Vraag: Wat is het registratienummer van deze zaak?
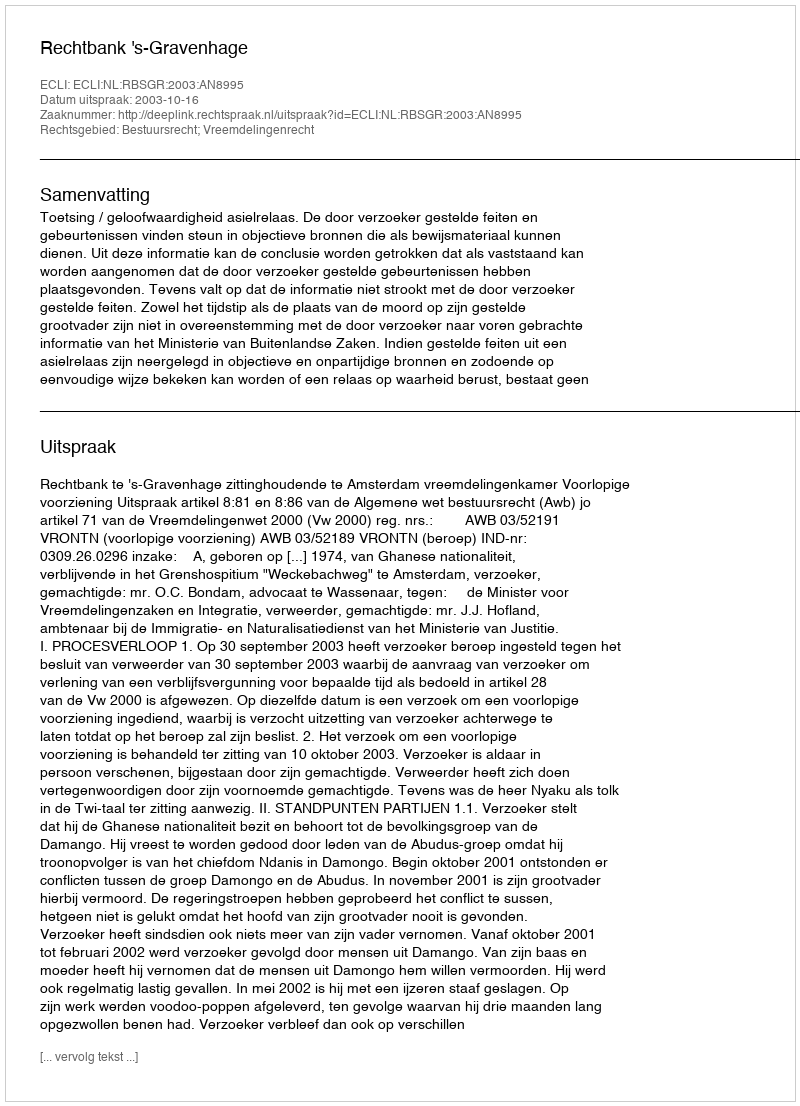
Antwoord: http://deeplink.rechtspraak.nl/uitspraak?id=ECLI:NL:RBSGR:2003:AN8995